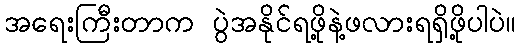
အရေးကြီးတာက ပွဲအနိုင်ရဖို့နဲ့ဖလားရရှိဖို့ပါပဲ။